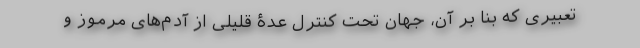
تعبیری که بنا بر آن، جهان تحت کنترل عدۀ قلیلی از آدم‌های مرموز و